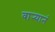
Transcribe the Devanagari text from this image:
वार्‍यानं